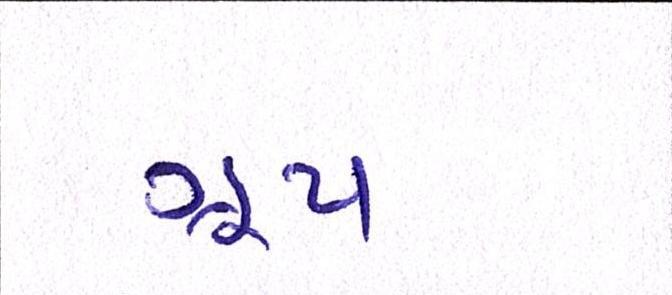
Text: ગ્રૂપ